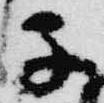
子